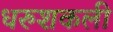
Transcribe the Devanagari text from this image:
धरुशकली